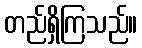
တည်ရှိကြသည်။